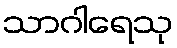
သာဂါရေသု